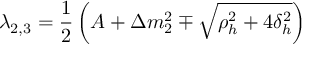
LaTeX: \lambda _ { 2 , 3 } = \frac { 1 } { 2 } \left( A + \Delta m _ { 2 } ^ { 2 } \mp \sqrt { \rho _ { h } ^ { 2 } + 4 \delta _ { h } ^ { 2 } } \right)